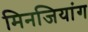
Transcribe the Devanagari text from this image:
मिनजियांग